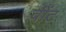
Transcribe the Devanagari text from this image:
वींट